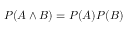
P ( A \land B ) = P ( A ) P ( B )